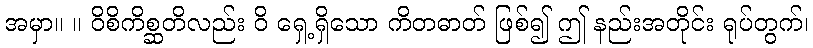
အမှာ။ ။ ဝိစိကိစ္ဆတိလည်း ဝိ ရှေ့ရှိသော ကိတဓာတ် ဖြစ်၍ ဤ နည်းအတိုင်း ရုပ်တွက်၊